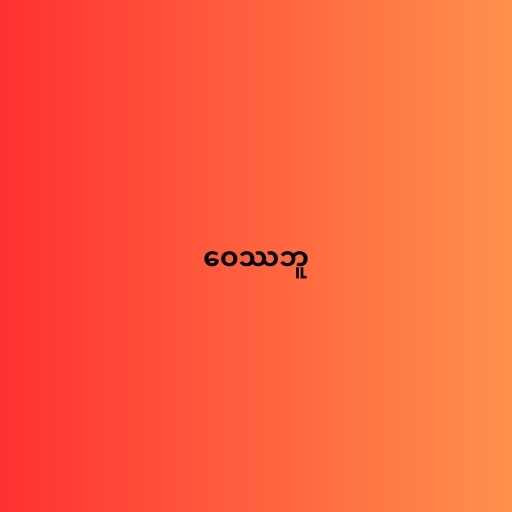
ဝေဿဘူ